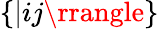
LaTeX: \{ |ij\rrangle\}